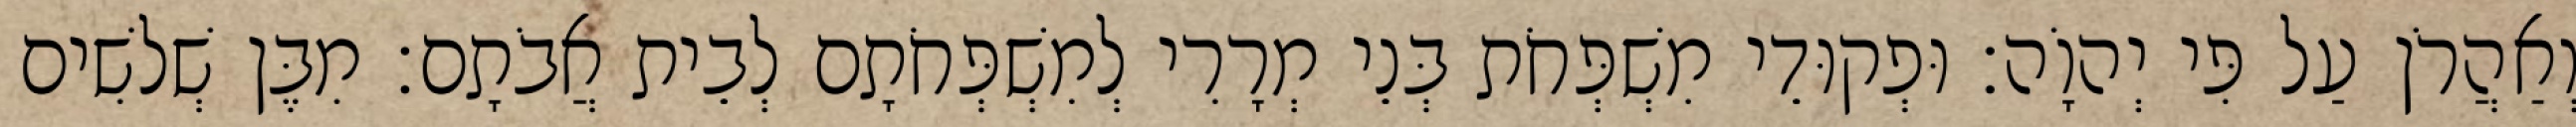
וְאַהֲרֹן עַל פִּי יְהוָֹה׃ וּפְקוּדֵי מִשְׁפְּחֹת בְּנֵי מְרָרִי לְמִשְׁפְּחֹתָם לְבֵית אֲבֹתָם׃ מִבֶּן שְׁלשִׁים